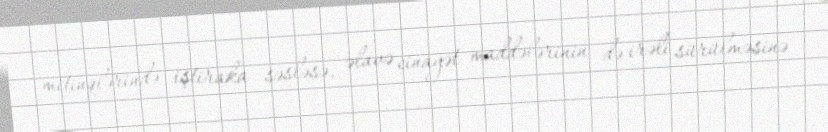
mitinqlərində iştiraka səsləsə, əlavə cinayət maddələrinin də irəli sürülməsinə